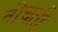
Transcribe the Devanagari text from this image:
नोचती